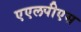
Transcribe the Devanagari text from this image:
एएलपीएस